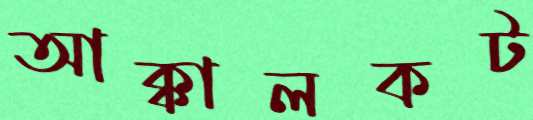
আক্কালকট